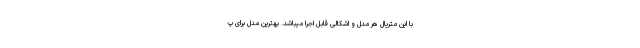
با این متریال هر مدل و اشکالی قابل اجرا میباشد. بهترین مدل برای پ